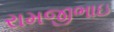
રામજીભાઇ